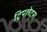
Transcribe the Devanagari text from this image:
ट्रिपलेट्स